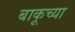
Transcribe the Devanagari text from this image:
बाकूच्या